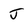
Character: J